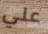
علي